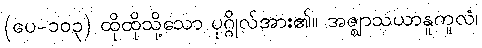
(ပေ-၁၀၃) ထိုထိုသို့သော ပုဂ္ဂိုလ်အား၏။ အဇ္ဈာသယာနူကူလံ၊